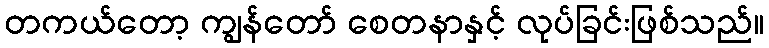
တကယ်တော့ ကျွန်တော် စေတနာနှင့် လုပ်ခြင်းဖြစ်သည်။